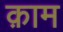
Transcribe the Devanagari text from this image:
क़ाम